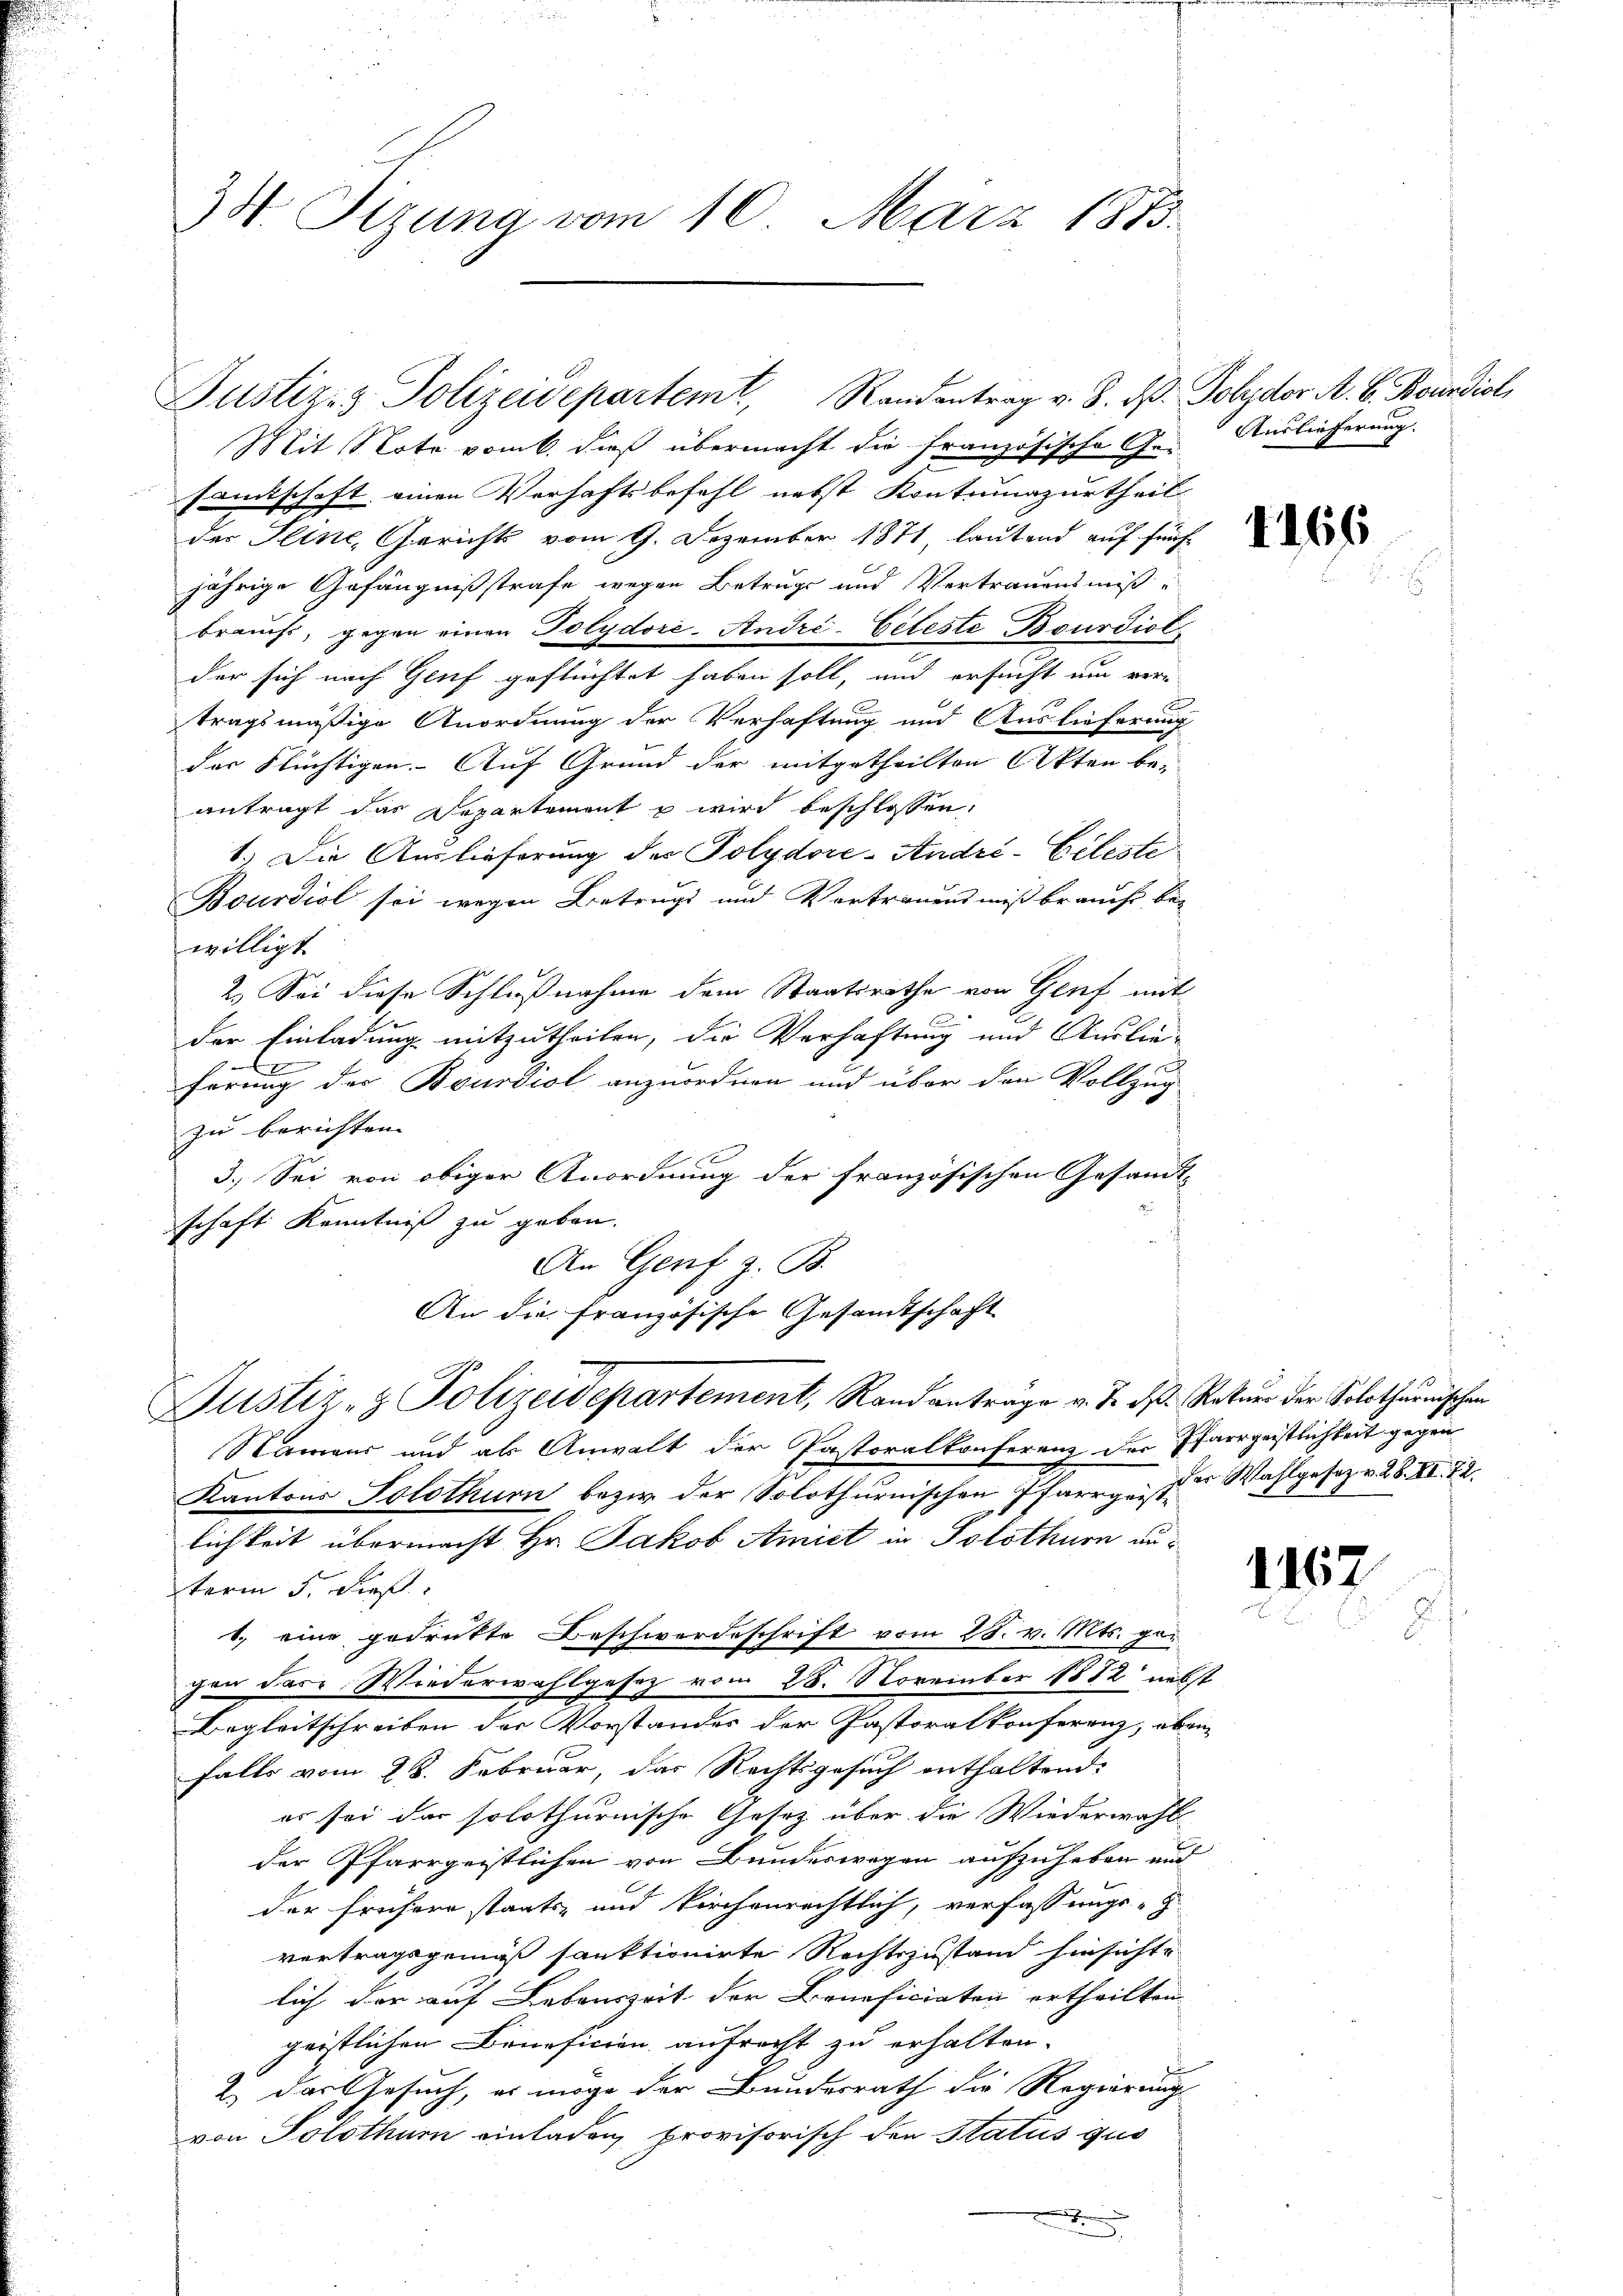
34. Sizung vom 10. März 1883.

Justiz- & Polizeidepartemt, Randentrag v. 8. d. Solidor A. B. Beundiol

Justiz- & Polizeidepartement, Randanträge v. J. des Natur der Solothurnischen
Namens und als Anwalt der Pastoralkonferenz der Pfarrgeistlichkeit gegen
Kantons Solothurn bezier der Solothurnischen verger Wahlgeseze 28. XI. 72.

Mit Note vom 6. dieß übermacht die französische Gesankschaft einen Verhaftsbefehl nebst Kontumazurtheil
der Seine, Gericht vom 9. Dezember 1871, lautend auf fünfjährige Gefängnißstrafe wegen Betrugs und Vertrauensmiß-
brauchs, gegen einen Polydori- André-Geteste Bourdict
der sich nach Genf geflüchtet haben soll, und ersucht um vertragsmäßige Anordnung der Verhaftung und Auslieferung
der Stüchtigen. Auf Grund der mitgetheilten Akten beantragt das Departement u wird beschlossen:
1.) Die Auslieferung des Polydore-André-Celeste
Bourdiol sei wegen Betrugs und Vertrauens mißbraucht be-
willigt.
2.) Sei diese Schlußnahme dem Staatsrathe von Genf mit
C
der Einladung mitzutheilen, die Verhaftung und Auslie-
x
förung der Bourdiol anzuordnen und über den Vollzug
zu berichten.
3.) Sei von obiger Anordnung der französischen Gesandt-
schaft Kenntniß zu geben.
An Genf z. B.
An die französische Gesandtschaft

Auslieferung.

lichkeit übermacht Hr. Jakob Amiet in Solothurn aus
term 5. dieß
1. eine gedrukte Beschwerdeschrift vom 28. v. Mts. gegen dare Wiederwahlgesez vom 28. November 1882 nebst
Begleitschreiben der Vorstandes der Pastoralkonferenz, eben
falls vom 28. Februar, das Rechtsgesuch enthaltend:
es sei das solothurnische Gesetz über die Wiederwahl
der Pfarrgeistlichen von Bundeswegen aufzuheben und
der frühere staats- und Kirchenrechtlich, verfassungs-
vertragsgemäß sanktionirte Rechtszustand hinsichte
lich der auf Lebenszeit der Beneficiaten ertheilten
geistlichen Beneficien aufrecht zu erhalten.
2.) Das Gesuch, es möge der Bundesrath die Regierung
von Solothur einladen, provisorisch den Status quo
e

1166

1162